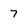
Character: 7